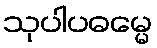
သုပါပဓမ္မေ